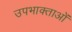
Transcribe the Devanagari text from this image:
उपभाक्ताओं